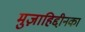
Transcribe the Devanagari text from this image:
मुज़ाहिद्दीनका